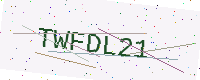
Text: TWFDL21